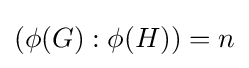
(\phi (G):\phi (H))=n